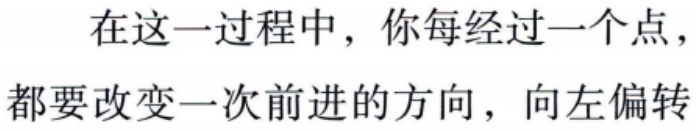
在这一过程中，你每经过一个点，都要改变一次前进的方向，向左偏转